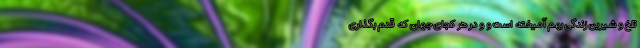
تلخ و شیرین زندگی بهم آمیخته است و و در هر کجای جهان که قدم بگذاری